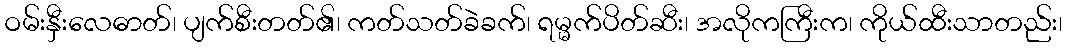
ဝမ်းနှီးလေဓာတ်၊ ပျက်စီးတတ်၏၊ ကတ်သတ်ခဲခက်၊ ရမ္မက်ပိတ်ဆီး၊ အလိုကကြီးက၊ ကိုယ်ထီးသာတည်း၊